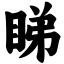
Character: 睇